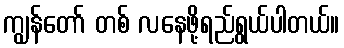
ကျွန်တော် တစ် လနေဖို့ရည်ရွယ်ပါတယ်။